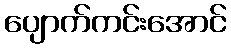
ပျောက်ကင်းအောင်